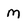
Character: m